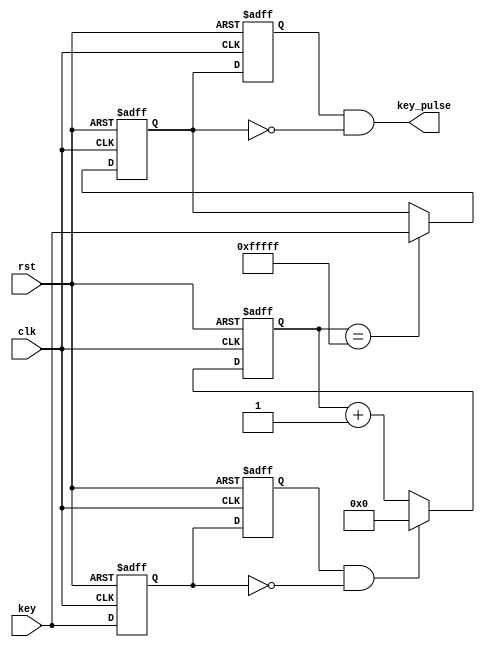
// ********************************************************************
// >>>>>>>>>>>>>>>>>>>>>>>>> COPYRIGHT NOTICE <<<<<<<<<<<<<<<<<<<<<<<<<
// ********************************************************************
// Module name  : debounce
// Description  : 
// Web          : www.stepfpga.com
// 
// --------------------------------------------------------------------
// Code Revision History : 
// --------------------------------------------------------------------
// Version: |Mod. Date:   |Changes Made:
// V1.0     |2017/03/02   |Initial ver
// --------------------------------------------------------------------
// Module Function: 

module debounce (clk,rst,key,key_pulse);
 
   parameter N = 1;				// 

	input clk, rst;				// 
   input [N-1:0] key;         // 
	output [N-1:0] key_pulse;  // 
 
   reg [N-1:0] key_rst_pre;   // 
   reg [N-1:0] key_rst;       // 
 
   wire [N-1:0] key_edge;     // 

	reg [N-1:0] key_sec_pre;   //
   reg [N-1:0] key_sec;
	
	// 50MHz20ms20
   reg [19:0] cnt;
	
	// keykey_edge
   assign key_edge = key_rst_pre & (~key_rst);
	
	// 
	assign key_pulse = key_sec_pre & (~key_sec);

   // 
	always @(posedge clk or negedge rst)
	if (!rst)
	begin
		key_rst <= {N{1'b1}};      // key_rst1{}N1
		key_rst_pre <= {N{1'b1}};
	end
	else
	begin
		// keykey_rst,key_rstkey_rst_pre
		key_rst <= key;
		// key_rstkey
		// key_rst_prekey
		key_rst_pre <= key_rst;
	end

   // 20mskey_edge
   always @(posedge clk or negedge rst)
	if(!rst)
		cnt <= 20'h0;
	else if(key_edge)
		cnt <= 20'h0;
	else
		cnt <= cnt + 1;               

   //key
   always @(posedge clk  or  negedge rst)
	if (!rst)
		key_sec <= {N{1'b1}};                
	else if (cnt == 20'hfffff)
		key_sec <= key;  
	
   always @(posedge clk  or  negedge rst)
	if (!rst)
		key_sec_pre <= {N{1'b1}};
	else                   
		key_sec_pre <= key_sec;
 
endmodule